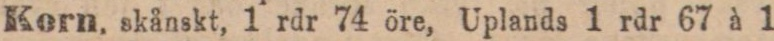
Korn, skånskt, 1 rdr 74 öre, Uplands 1 rdr 67 à 1